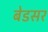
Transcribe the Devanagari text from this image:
बेडसर